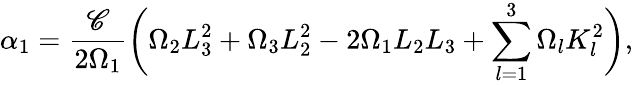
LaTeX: \alpha_{1}=\frac{\mathscr{C}}{2\Omega_{1}}\bigg(\Omega_{2}L_{3}^{2}+\Omega_{3}L_{2}^{2}-2\Omega_{1}L_{2}L_{3}+\sum_{l=1}^{3}\Omega_{l}K_{l}^{2}\bigg),